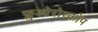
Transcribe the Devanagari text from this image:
फ्लुओरोस्कोप